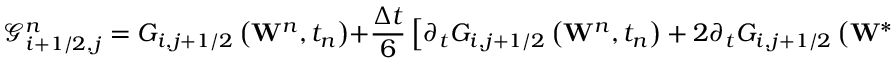
\mathcal { G } _ { i + 1 / 2 , j } ^ { n } = { { G } _ { i , j + 1 / 2 } } \left( { { \mathbf { W } } ^ { n } } , { { t } _ { n } } \right) + \frac { \Delta t } { 6 } \left[ { { \partial } _ { t } } { { G } _ { i , j + 1 / 2 } } \left( { { \mathbf { W } } ^ { n } } , { { t } _ { n } } \right) + 2 { { \partial } _ { t } } { { G } _ { i , j + 1 / 2 } } \left( { { \mathbf { W } } ^ { * } } , { { t } _ { * } } \right) \right] .